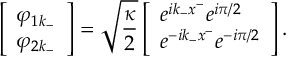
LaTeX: \left[ \begin{array} { l } { { \varphi _ { 1 k _ { - } } } } \\ { { \varphi _ { 2 k _ { - } } } } \end{array} \right] = \sqrt { { \frac { \kappa } { 2 } } } \left[ \begin{array} { l } { { e ^ { i k _ { - } x ^ { - } } e ^ { i \pi / 2 } } } \\ { { e ^ { - i k _ { - } x ^ { - } } e ^ { - i \pi / 2 } } } \end{array} \right] .